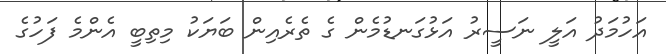
އަހުމަދު އަލީ ނަސީރު އަޅުގަނޑުމެން ގެ ތެރެއިން ބަޔަކު މިތިބީ އެންމެ ފަހުގެ